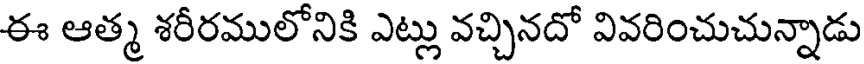
ఈ ఆత్మ శరీరములోనికి ఎట్లు వచ్చినదో వివరించుచున్నాడు